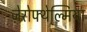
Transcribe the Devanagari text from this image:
ज़ेरोफ्थेल्मिया